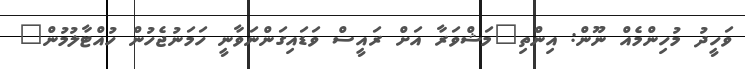
ވަހީދު މުހިންމެއް ނޫން: އިންތި"މަޝްވަރާ އަށް ރައީސް ވަޑައިގަންނަވާނީ ހަމަނުޖެހުން ހުއްޓާލުމުން"